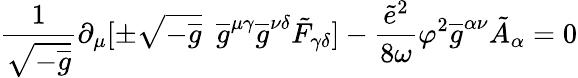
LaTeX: \frac{1}{\sqrt{-\overline{{{g}}}}}\partial_{\mu}[\pm\sqrt{-\overline{{{g}}}}\enspace\overline{{{g}}}^{\mu\gamma}\overline{{{g}}}^{\nu\delta}\tilde{F}_{\gamma\delta}]-\frac{\tilde{e}^{2}}{8\omega}\varphi^{2}\overline{{{g}}}^{\alpha\nu}\tilde{A}_{\alpha}=0